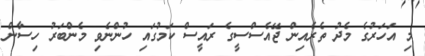
މި އަހަރުގެ މެދު ތެރެއިން ޖޭއެސްސީގެ ރައީސް ކަމުގައި ހުންނެވި މެންބަރު ހިސާން